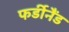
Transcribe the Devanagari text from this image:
फर्डीनैंड